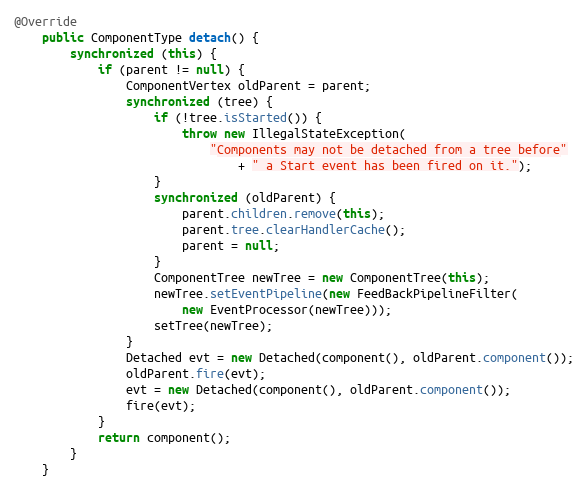
Language: Java
@Override
    public ComponentType detach() {
        synchronized (this) {
            if (parent != null) {
                ComponentVertex oldParent = parent;
                synchronized (tree) {
                    if (!tree.isStarted()) {
                        throw new IllegalStateException(
                            "Components may not be detached from a tree before"
                                + " a Start event has been fired on it.");
                    }
                    synchronized (oldParent) {
                        parent.children.remove(this);
                        parent.tree.clearHandlerCache();
                        parent = null;
                    }
                    ComponentTree newTree = new ComponentTree(this);
                    newTree.setEventPipeline(new FeedBackPipelineFilter(
                        new EventProcessor(newTree)));
                    setTree(newTree);
                }
                Detached evt = new Detached(component(), oldParent.component());
                oldParent.fire(evt);
                evt = new Detached(component(), oldParent.component());
                fire(evt);
            }
            return component();
        }
    }